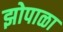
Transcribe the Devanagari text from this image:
झोपाळा